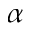
\alpha